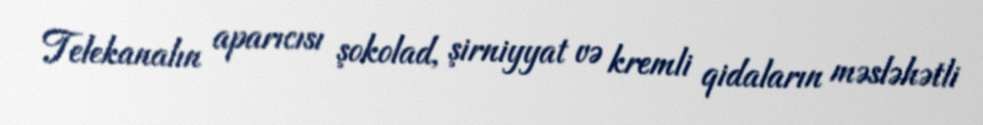
Telekanalın aparıcısı şokolad, şirniyyat və kremli qidaların məsləhətli